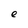
Character: e